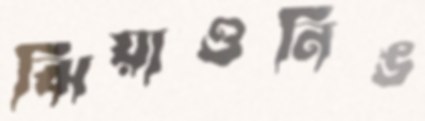
ঝিয়াওনিঙ